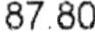
87.8